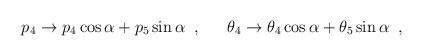
LaTeX: \begin{align*}p_4\rightarrow p_4 \cos{\alpha}+p_5\sin{\alpha} \;\; , \;\; \hspace{1em} \theta_4 \rightarrow \theta_4 \cos{\alpha}+\theta_5 \sin{\alpha} \;\; , \;\;\end{align*}